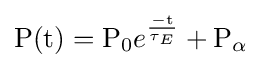
{\text{P}}({\text{t}})={\text{P}}_{0}e^{\frac {-{\text{t}}}{\tau _{E}}}+{\text{P}}_{\alpha }